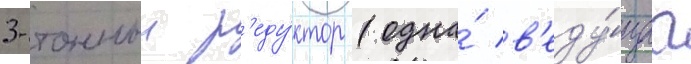
3-тонныи р'еду́ктор (одна́ в'еду́щаа